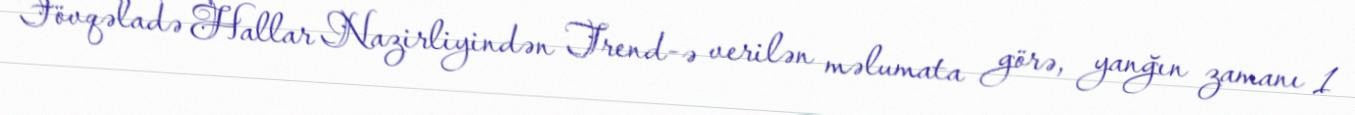
Fövqəladə Hallar Nazirliyindən Trend-ə verilən məlumata görə, yanğın zamanı 1